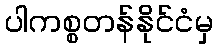
ပါကစ္စတန်နိုင်ငံမှ